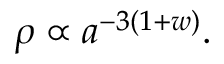
\rho \propto a ^ { - 3 ( 1 + w ) } .